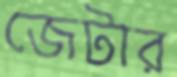
জেটার